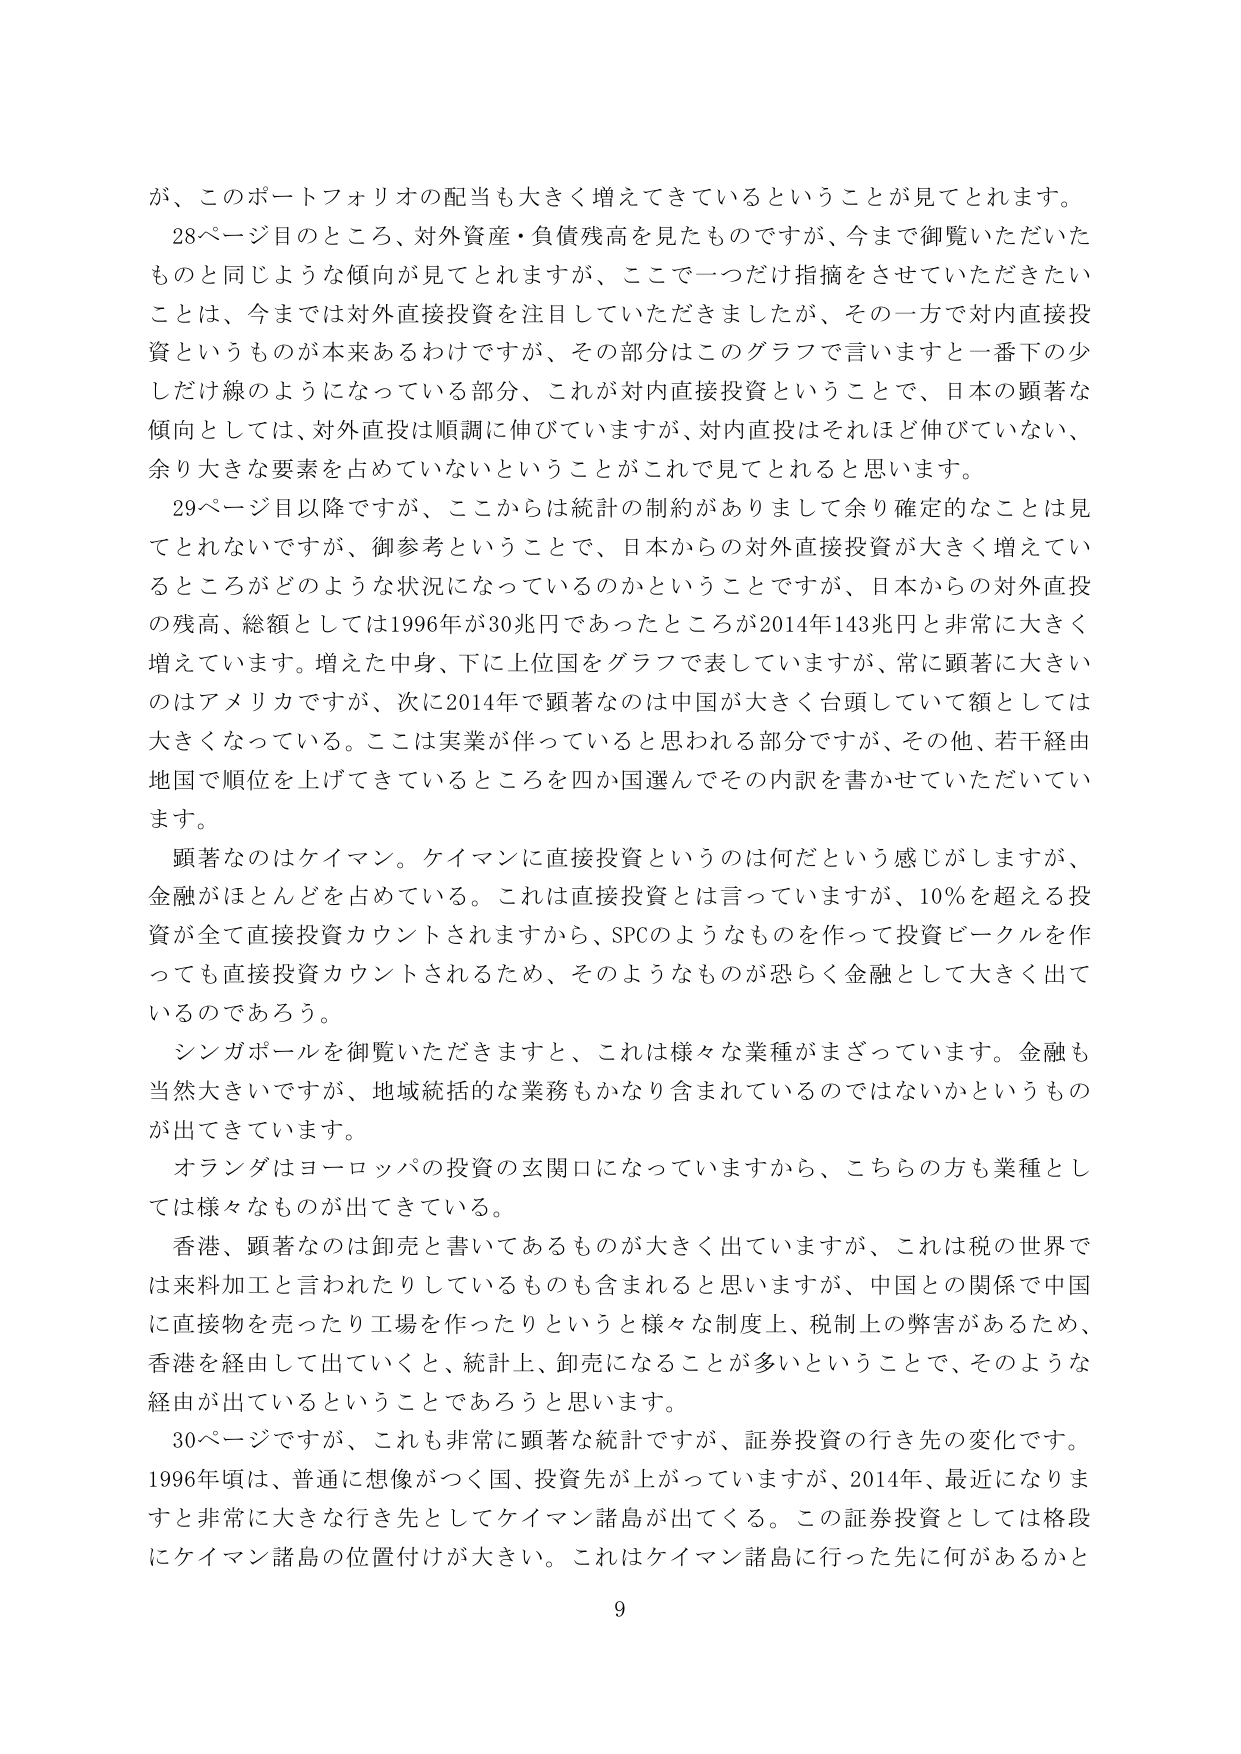
が、このポートフォリオの配当も大きく増えてきているということが見てとれます。
28ページ目のところ、対外資産・負債残高を見たものですが、今まで御覧いただいたものと同じような傾向が見てとれますか、ここで一つだけ指摘をさせていただきたいことは、今までは対外直接投資を注目していただきましたが、その一方で対内直接投資というものが本来あるわけですが、その部分はこのグラフで言いますと一番下の少しだけ線のようになっている部分、これが対内直接投資ということで、日本の顕著な傾向としては、対外直投は順調に伸びていますが、対内直投はそれほど伸びていない、余り大きな要素を占めていないということがこれで見てとれると思います。
29ページ目以降ですが、ここからは統計の制約がありまして余り確定的なことは見てとれないですが、御参考ということで、日本からの対外直接投資が大きく増えているところがどのような状況になっているのかということですが、日本からの対外直投の残高、総額としては1996年が30兆円であったところが2014年143兆円と非常に大きく増えています。増えた中身、下に上位国をグラフで表していますが、常に顕著に大きいのはアメリカですが、次に2014年で顕著なのは中国が大きく台頭していて額としては大きくなっている。ここは実業が伴っていると思われる部分ですが、その他、若干経由地国で順位を上げてきているところを四か国選んでその内訳を書かせていただいています。
顕著なのはケイマン。ケイマンに直接投資というのは何だという感じがしますが、金融がほとんどを占めている。これは直接投資とは言っていますが、10％を超える投資が全て直接投資カウントされますから、SPCのようなものを作って投資ビークルを作っても直接投資カウントされるため、そのようなものが恐らく金融として大きく出ているのであろう。
シンガポールを御覧いただきますと、これは様々な業種がまざっています。金融も当然大きいですが、地域統括的な業務もかなり含まれているのではないかというものが出てきています。
オランダはヨーロッパの投資の玄関口になっていますから、こちらの方も業種としては様々なものが出てきている。
香港、顕著なのは卸売と書いてあるものが大きく出ていますが、これは税の世界では来料加工と言われたりしているものも含まれると思いますが、中国との関係で中国に直接物を売ったり工場を作ったりというと様々な制度上、税制上の弊害があるため、香港を経由して出ていくと、統計上、卸売になることが多いということで、そのような経由が出ているということであろうと思います。
30ページですが、これも非常に顕著な統計ですが、証券投資の行き先の変化です。1996年頃は、普通に想像がつく国、投資先が上がっていますが、2014年、最近になりますと非常に大きな行き先としてケイマン諸島が出てくる。この証券投資としては格段にケイマン諸島の位置付けが大きい。これはケイマン諸島に行った先に何があるかと
9